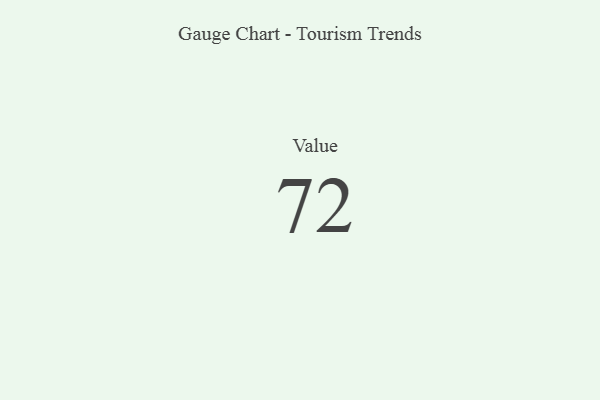
{"axis": {"x": "Metric", "y": "Value"}, "legend": [""], "data": [{"x": "Value", "y": 72, "type": ""}]}